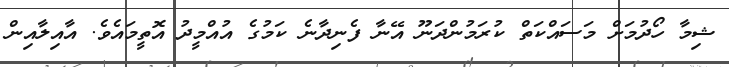
ޝިމާ ހޯދުމަށް މަސައްކަތް ކުރަމުންދަނޫ އޭނާ ފެނިދާނެ ކަމުގެ އުއްމީދު އޮތީމައެވެ. އާއިލާއިން